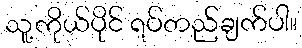
သူ့ကိုယ်ပိုင် ရပ်တည်ချက်ပါ။